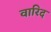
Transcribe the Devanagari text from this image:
वारिद